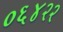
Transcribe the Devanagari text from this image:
०६४२२